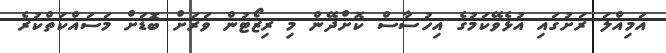
އަމިއްލަ ރަށުގައި އުޅެވޭކަމުގެ އިހުސާސް ކޮށްދޭން މި ރިޒޯޓުން ވަަރަށް ބޮޑަށް މަސައްކަތްކުރެ